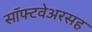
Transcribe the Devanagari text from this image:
सॉफ्टवेअरसह